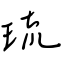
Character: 琉